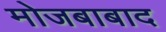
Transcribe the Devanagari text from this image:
मोजबाबाद